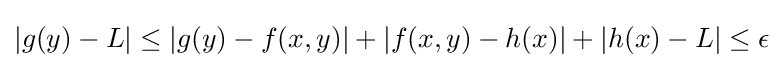
\left|g(y)-L\right|\leq \left|g(y)-f(x,y)\right|+\left|f(x,y)-h(x)\right|+\left|h(x)-L\right|\leq \epsilon